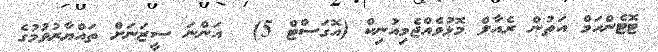
ޓޮޓެންހަމް އަތުން ރެއާލް މޮޅުވެއްޖެމިއުނިކް (އޮގަސްޓް 5)  އަންނަ ސީޒަނަށް ތައްޔާރުވުމުގެ